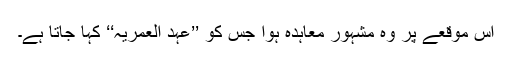
اس موقعے پر وہ مشہور معاہدہ ہوا جس کو ’’عہد العمریہ‘‘ کہا جاتا ہے۔